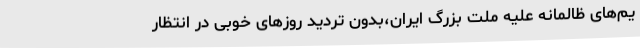
یم‌های ظالمانه علیه ملت بزرگ ایران،‌بدون تردید روزهای خوبی در انتظار